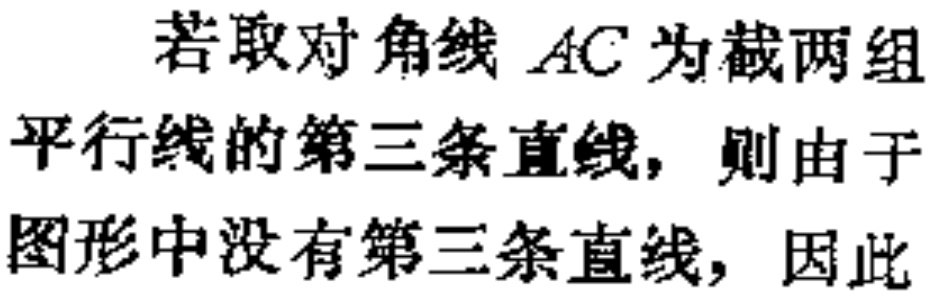
若取对角线 \(AC\) 为截两组平行线的第三条直线，则由于图形中没有第三条直线，因此